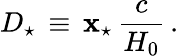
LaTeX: D_{\star}\, \equiv\, \mathbf{x}_{\star}\, \frac{{c}}{{H_{0}}}\, .